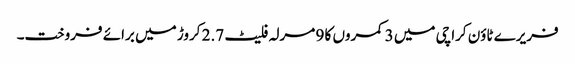
فریرے ٹاؤن کراچی میں 3 کمروں کا 9 مرلہ فلیٹ 2.7 کروڑ میں برائے فروخت۔